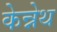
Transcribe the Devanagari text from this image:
केन्नेथ